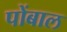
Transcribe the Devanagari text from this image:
पोंबाल